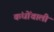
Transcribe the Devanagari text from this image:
कंधोंवाली